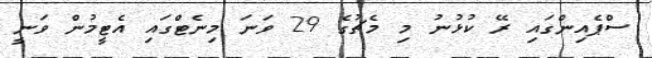
ސްޕެއިންގައި ރޭ ކުޅުނު މި މެޗުގެ 29 ވަނަ މިނެޓްގައި އެޓީމުން ވަނީ